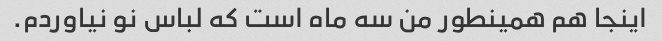
اینجا هم همینطور من سه ماه است که لباس نو نیاوردم.